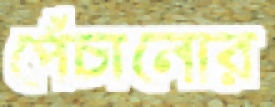
পেঁচানোর